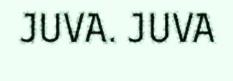
JUVA. JUVA